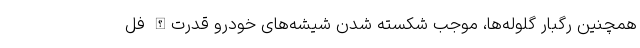
همچنین رگبار گلوله‌ها، موجب شکسته شدن شیشه‌های خودرو قدرت‌الله فل